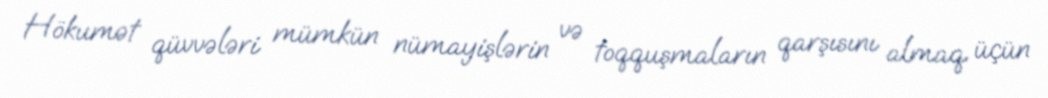
Hökumət qüvvələri mümkün nümayişlərin və toqquşmaların qarşısını almaq üçün